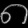
Digit: ၈